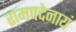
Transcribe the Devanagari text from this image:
रामपदेनायं